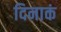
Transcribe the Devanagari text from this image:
दिनाकं